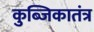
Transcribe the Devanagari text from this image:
कुब्जिकातंत्र